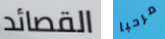
القصائد مرحبا